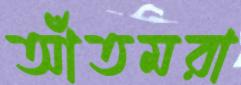
আঁতমরা